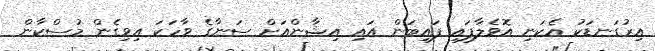
އިރުގަނޑަކު އެކަނި އޮވެލާފައި ފައިބަން އައި އިޝާންއަށް ސަނާގެ ވާހަކަ އިވިގެން މުސްކާން